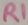
Text: R1